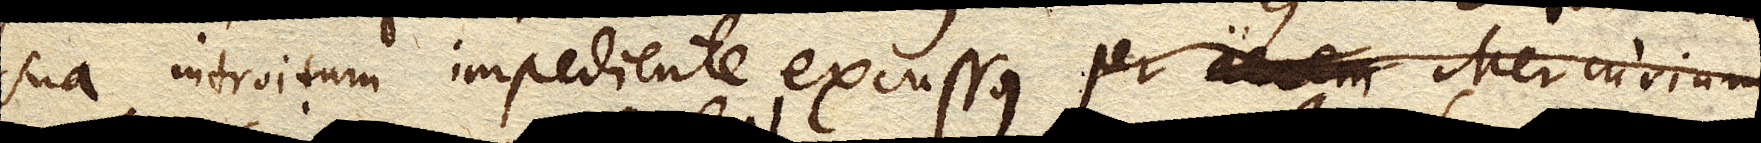
sua introitum impediente excussus per aerem Mercurium